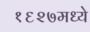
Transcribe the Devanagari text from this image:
१६२७मध्ये